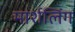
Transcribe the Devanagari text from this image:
मार्शलिंग